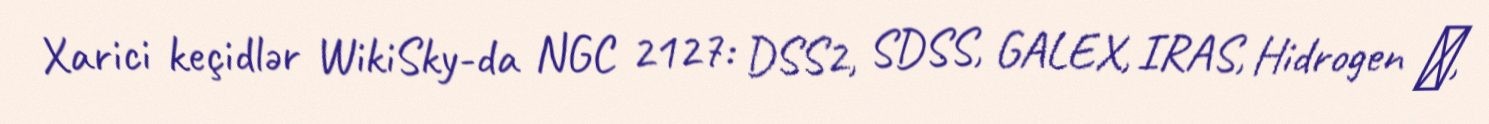
Xarici keçidlər WikiSky-da NGC 2127: DSS2, SDSS, GALEX, IRAS, Hidrogen α,